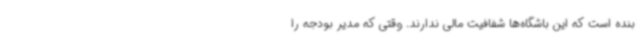
بنده است که این باشگاه‌ها شفافیت مالی ندارند. وقتی که مدیر بودجه را